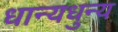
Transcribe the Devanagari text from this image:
धान्यधुन्य